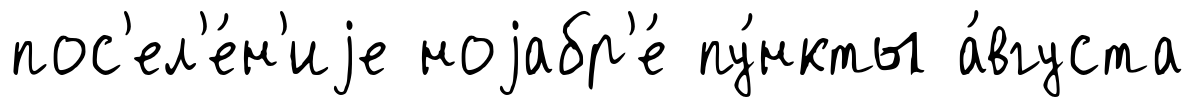
пос'ел'е́н'иjе ноjабр'е́ пу́нкты а́вгуста